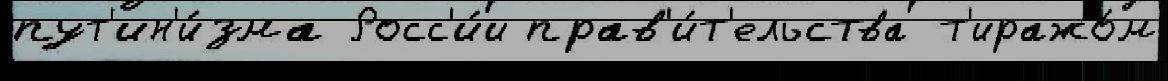
пут'ин'и́зма Росс'и́и прав'и́т'ельства т'иражо́м